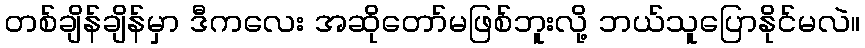
တစ်ချိန်ချိန်မှာ ဒီကလေး အဆိုတော်မဖြစ်ဘူးလို့ ဘယ်သူပြောနိုင်မလဲ။